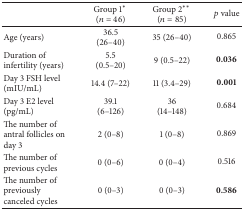
<table><thead><tr><td><b> </b></td><td><b>Group 1<sup><i>∗</i></sup> (<i>n</i> = 46)</b></td><td><b>Group 2<sup><i>∗∗</i></sup> (<i>n</i> = 85)</b></td><td><b><i>p</i> value</b></td></tr></thead><tbody><tr><td>Age (years)</td><td>36.5 (26–40)</td><td>35 (26–40)</td><td>0.865</td></tr><tr><td>Duration of infertility (years)</td><td>5.5 (0.5–20)</td><td>9 (0.5–22)</td><td><b>0.036</b></td></tr><tr><td>Day 3 FSH level (mIU/mL)</td><td>14.4 (7–22)</td><td>11 (3.4–29)</td><td><b>0.001</b></td></tr><tr><td>Day 3 E2 level (pg/mL)</td><td>39.1 (6–126)</td><td>36 (14–148)</td><td>0.684</td></tr><tr><td>The number of antral follicles on day 3</td><td>2 (0–8)</td><td>1 (0–8)</td><td>0.869</td></tr><tr><td>The number of previous cycles</td><td>0 (0–6)</td><td>0 (0–4)</td><td>0.516</td></tr><tr><td>The number of previously canceled cycles</td><td>0 (0–3)</td><td>0 (0–3)</td><td><b>0.586</b></td></tr></tbody></table>